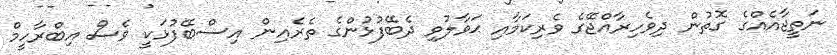
ނަތީޖާއެއްގެ ގޮތުން ދިވެހިރާއްޖޭގެ ވެރިކަމާއި ޙަވާލުވި ދެބޭފުޅުންގެ ތެރެއިން އިސްބޭފުޅަކީ ވެސް އިބްރާހީމް